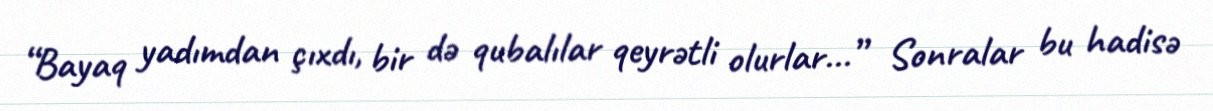
“Bayaq yadımdan çıxdı, bir də qubalılar qeyrətli olurlar...” Sonralar bu hadisə